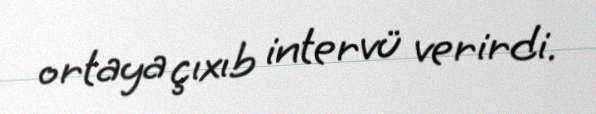
ortaya çıxıb intervü verirdi.